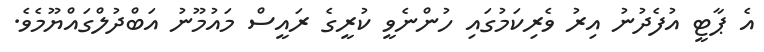
އެ ޕާޓީ އުފެދުނު އިރު ވެރިކަމުގައި ހުންނެވީ ކުރީގެ ރައީސް މައުމޫނު އަބްދުލްގައްޔޫމެވެ.